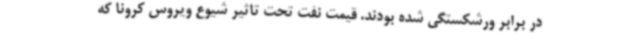
در برابر ورشکستگی شده بودند. قیمت نفت تحت تاثیر شیوع ویروس کرونا که